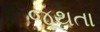
જૂથતા